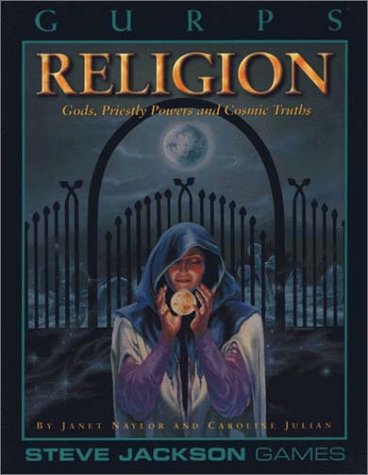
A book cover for GURPS Religion; Janet Naylor; Science Fiction & Fantasy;